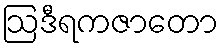
ဩဒီရကဇာတော